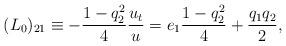
LaTeX: \begin{gather*}(L_0){_{21}} \equiv -\frac{1-q_2^2}{4}\frac{u_t}{u} = e_1\frac{1-q_2^2}{4} + \frac{q_1q_2}{2},\end{gather*}